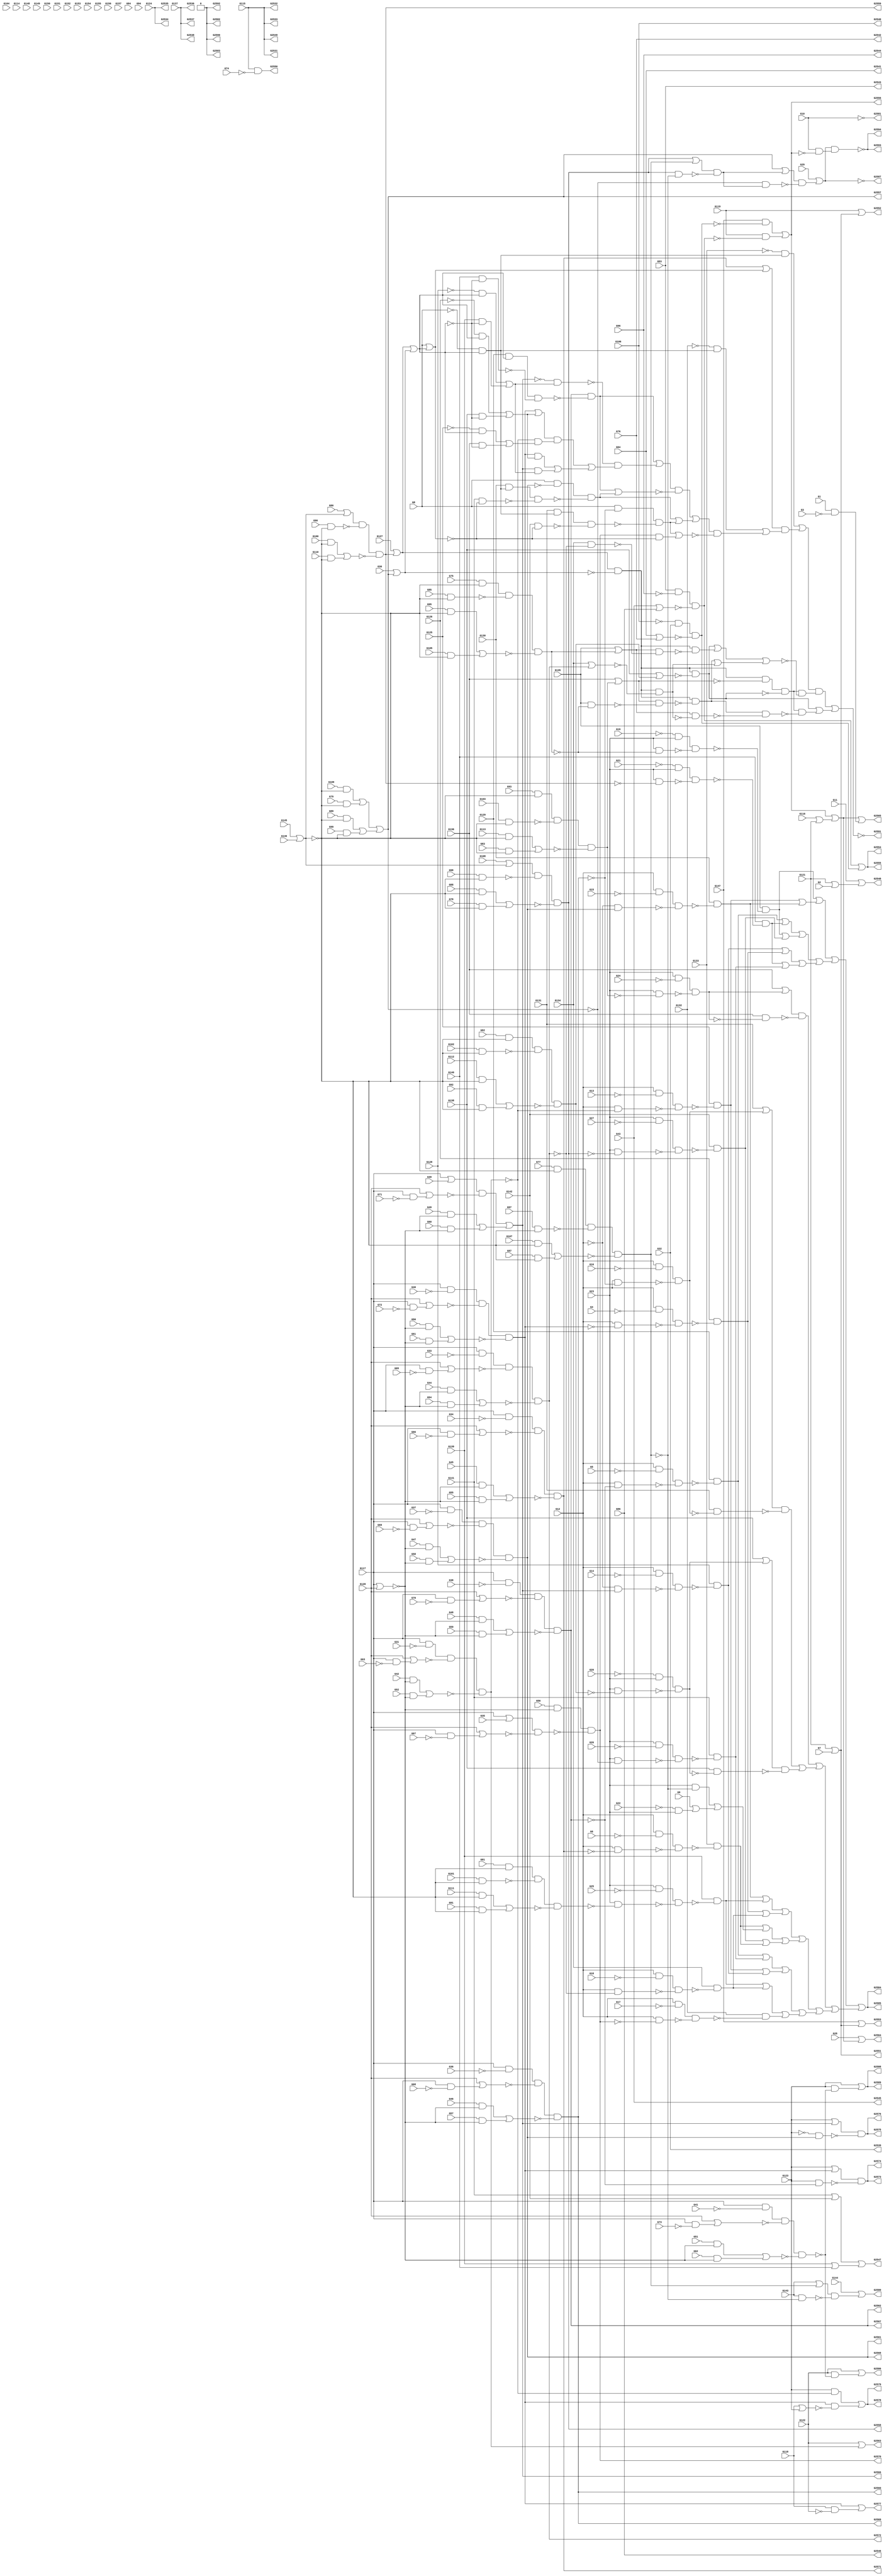
module top( G1 , G10 , G100 , G101 , G102 , G103 , G104 , G105 , G106 , G107 , G108 , G109 , G11 , G110 , G111 , G112 , G113 , G114 , G115 , G116 , G117 , G118 , G119 , G12 , G120 , G121 , G122 , G123 , G124 , G125 , G126 , G127 , G128 , G129 , G13 , G130 , G131 , G132 , G133 , G134 , G135 , G136 , G137 , G138 , G139 , G14 , G140 , G141 , G142 , G143 , G144 , G145 , G146 , G147 , G148 , G149 , G15 , G150 , G151 , G152 , G153 , G154 , G155 , G156 , G157 , G16 , G17 , G18 , G19 , G2 , G20 , G21 , G22 , G23 , G24 , G25 , G26 , G27 , G28 , G29 , G3 , G30 , G31 , G32 , G33 , G34 , G35 , G36 , G37 , G38 , G39 , G4 , G40 , G41 , G42 , G43 , G44 , G45 , G46 , G47 , G48 , G49 , G5 , G50 , G51 , G52 , G53 , G54 , G55 , G56 , G57 , G58 , G59 , G6 , G60 , G61 , G62 , G63 , G64 , G65 , G66 , G67 , G68 , G69 , G7 , G70 , G71 , G72 , G73 , G74 , G75 , G76 , G77 , G78 , G79 , G8 , G80 , G81 , G82 , G83 , G84 , G85 , G86 , G87 , G88 , G89 , G9 , G90 , G91 , G92 , G93 , G94 , G95 , G96 , G97 , G98 , G99 , G2531 , G2532 , G2533 , G2534 , G2535 , G2536 , G2537 , G2538 , G2539 , G2540 , G2541 , G2542 , G2543 , G2544 , G2545 , G2546 , G2547 , G2548 , G2549 , G2550 , G2551 , G2552 , G2553 , G2554 , G2555 , G2556 , G2557 , G2558 , G2559 , G2560 , G2561 , G2562 , G2563 , G2564 , G2565 , G2566 , G2567 , G2568 , G2569 , G2570 , G2571 , G2572 , G2573 , G2574 , G2575 , G2576 , G2577 , G2578 , G2579 , G2580 , G2581 , G2582 , G2583 , G2584 , G2585 , G2586 , G2587 , G2588 , G2589 , G2590 , G2591 , G2592 , G2593 , G2594 );
  input G1 , G10 , G100 , G101 , G102 , G103 , G104 , G105 , G106 , G107 , G108 , G109 , G11 , G110 , G111 , G112 , G113 , G114 , G115 , G116 , G117 , G118 , G119 , G12 , G120 , G121 , G122 , G123 , G124 , G125 , G126 , G127 , G128 , G129 , G13 , G130 , G131 , G132 , G133 , G134 , G135 , G136 , G137 , G138 , G139 , G14 , G140 , G141 , G142 , G143 , G144 , G145 , G146 , G147 , G148 , G149 , G15 , G150 , G151 , G152 , G153 , G154 , G155 , G156 , G157 , G16 , G17 , G18 , G19 , G2 , G20 , G21 , G22 , G23 , G24 , G25 , G26 , G27 , G28 , G29 , G3 , G30 , G31 , G32 , G33 , G34 , G35 , G36 , G37 , G38 , G39 , G4 , G40 , G41 , G42 , G43 , G44 , G45 , G46 , G47 , G48 , G49 , G5 , G50 , G51 , G52 , G53 , G54 , G55 , G56 , G57 , G58 , G59 , G6 , G60 , G61 , G62 , G63 , G64 , G65 , G66 , G67 , G68 , G69 , G7 , G70 , G71 , G72 , G73 , G74 , G75 , G76 , G77 , G78 , G79 , G8 , G80 , G81 , G82 , G83 , G84 , G85 , G86 , G87 , G88 , G89 , G9 , G90 , G91 , G92 , G93 , G94 , G95 , G96 , G97 , G98 , G99 ;
  output G2531 , G2532 , G2533 , G2534 , G2535 , G2536 , G2537 , G2538 , G2539 , G2540 , G2541 , G2542 , G2543 , G2544 , G2545 , G2546 , G2547 , G2548 , G2549 , G2550 , G2551 , G2552 , G2553 , G2554 , G2555 , G2556 , G2557 , G2558 , G2559 , G2560 , G2561 , G2562 , G2563 , G2564 , G2565 , G2566 , G2567 , G2568 , G2569 , G2570 , G2571 , G2572 , G2573 , G2574 , G2575 , G2576 , G2577 , G2578 , G2579 , G2580 , G2581 , G2582 , G2583 , G2584 , G2585 , G2586 , G2587 , G2588 , G2589 , G2590 , G2591 , G2592 , G2593 , G2594 ;
  wire n158 , n159 , n160 , n161 , n162 , n163 , n164 , n165 , n166 , n167 , n168 , n169 , n170 , n171 , n172 , n173 , n174 , n175 , n176 , n177 , n178 , n179 , n180 , n181 , n182 , n183 , n184 , n185 , n186 , n187 , n188 , n189 , n190 , n191 , n192 , n193 , n194 , n195 , n196 , n197 , n198 , n199 , n200 , n201 , n202 , n203 , n204 , n205 , n206 , n207 , n208 , n209 , n210 , n211 , n212 , n213 , n214 , n215 , n216 , n217 , n218 , n219 , n220 , n221 , n222 , n223 , n224 , n225 , n226 , n227 , n228 , n229 , n230 , n231 , n232 , n233 , n234 , n235 , n236 , n237 , n238 , n239 , n240 , n241 , n242 , n243 , n244 , n245 , n246 , n247 , n248 , n249 , n250 , n251 , n252 , n253 , n254 , n255 , n256 , n257 , n258 , n259 , n260 , n261 , n262 , n263 , n264 , n265 , n266 , n267 , n268 , n269 , n270 , n271 , n272 , n273 , n274 , n275 , n276 , n277 , n278 , n279 , n280 , n281 , n282 , n283 , n284 , n285 , n286 , n287 , n288 , n289 , n290 , n291 , n292 , n293 , n294 , n295 , n296 , n297 , n298 , n299 , n300 , n301 , n302 , n303 , n304 , n305 , n306 , n307 , n308 , n309 , n310 , n311 , n312 , n313 , n314 , n315 , n316 , n317 , n318 , n319 , n320 , n321 , n322 , n323 , n324 , n325 , n326 , n327 , n328 , n329 , n330 , n331 , n332 , n333 , n334 , n335 , n336 , n337 , n338 , n339 , n340 , n341 , n342 , n343 , n344 , n345 , n346 , n347 , n348 , n349 , n350 , n351 , n352 , n353 , n354 , n355 , n356 , n357 , n358 , n359 , n360 , n361 , n362 , n363 , n364 , n365 , n366 , n367 , n368 , n369 , n370 , n371 , n372 , n373 , n374 , n375 , n376 , n377 , n378 , n379 , n380 , n381 , n382 , n383 , n384 , n385 , n386 , n387 , n388 , n389 , n390 , n391 , n392 , n393 , n394 , n395 , n396 , n397 , n398 , n399 , n400 , n401 , n402 , n403 , n404 , n405 , n406 , n407 , n408 , n409 , n410 , n411 , n412 , n413 , n414 , n415 , n416 , n417 , n418 , n419 , n420 , n421 , n422 , n423 , n424 , n425 , n426 , n427 , n428 , n429 , n430 , n431 , n432 , n433 , n434 , n435 , n436 , n437 , n438 , n439 , n440 , n441 , n442 , n443 , n444 , n445 , n446 , n447 , n448 , n449 , n450 , n451 , n452 , n453 , n454 , n455 , n456 , n457 , n458 , n459 , n460 , n461 , n462 , n463 , n464 , n465 , n466 , n467 , n468 , n469 , n470 , n471 , n472 , n473 , n474 , n475 , n476 , n477 , n478 , n479 , n480 , n481 , n482 , n483 , n484 , n485 , n486 , n487 , n488 , n489 , n490 , n491 , n492 , n493 , n494 , n495 , n496 , n497 , n498 , n499 , n500 , n501 , n502 , n503 , n504 , n505 , n506 , n507 , n508 , n509 , n510 , n511 , n512 , n513 , n514 , n515 , n516 , n517 , n518 , n519 , n520 , n521 , n522 , n523 , n524 , n525 ;
  assign n158 = G141 | G142 ;
  assign n159 = G139 | G140 ;
  assign n160 = n158 | n159 ;
  assign n161 = G121 | G2 ;
  assign n162 = G11 | n161 ;
  assign n163 = G115 & ~G74 ;
  assign n164 = G121 | G7 ;
  assign n165 = G119 | n164 ;
  assign n166 = G147 | n164 ;
  assign n167 = G53 & ~G96 ;
  assign n168 = G43 | G86 ;
  assign n169 = n167 & ~n168 ;
  assign n170 = ~G106 & G32 ;
  assign n171 = G64 | G76 ;
  assign n172 = n170 & ~n171 ;
  assign n173 = n169 | n172 ;
  assign n174 = G147 & ~n172 ;
  assign n175 = G119 & ~n169 ;
  assign n176 = n174 | n175 ;
  assign n177 = G145 | G146 ;
  assign n178 = G109 & ~n177 ;
  assign n179 = G79 & ~n177 ;
  assign n180 = n178 | n179 ;
  assign n181 = G89 & ~n177 ;
  assign n182 = G99 & ~n177 ;
  assign n183 = n181 | n182 ;
  assign n184 = n180 | n183 ;
  assign n185 = G108 | n177 ;
  assign n186 = G98 & ~n177 ;
  assign n187 = n185 & ~n186 ;
  assign n188 = G88 & ~n177 ;
  assign n189 = G78 & ~n177 ;
  assign n190 = n188 | n189 ;
  assign n191 = n187 & ~n190 ;
  assign n192 = G80 | n177 ;
  assign n193 = G90 & ~n177 ;
  assign n194 = n192 & ~n193 ;
  assign n195 = G100 & ~n177 ;
  assign n196 = G110 & ~n177 ;
  assign n197 = n195 | n196 ;
  assign n198 = n194 & ~n197 ;
  assign n199 = G117 & ~G36 ;
  assign n200 = G117 & ~G68 ;
  assign n201 = G120 | n200 ;
  assign n202 = n199 & ~n201 ;
  assign n203 = G117 | G120 ;
  assign n204 = G46 & ~n203 ;
  assign n205 = G57 & ~n203 ;
  assign n206 = n204 | n205 ;
  assign n207 = n202 & ~n206 ;
  assign n208 = G117 & ~G37 ;
  assign n209 = G117 & ~G69 ;
  assign n210 = G120 | n209 ;
  assign n211 = n208 & ~n210 ;
  assign n212 = G47 & ~n203 ;
  assign n213 = G58 & ~n203 ;
  assign n214 = n212 | n213 ;
  assign n215 = n211 & ~n214 ;
  assign n216 = G117 & ~G38 ;
  assign n217 = G117 & ~G70 ;
  assign n218 = G120 | n217 ;
  assign n219 = n216 & ~n218 ;
  assign n220 = G48 & ~n203 ;
  assign n221 = G59 & ~n203 ;
  assign n222 = n220 | n221 ;
  assign n223 = n219 & ~n222 ;
  assign n224 = G117 & ~G31 ;
  assign n225 = G117 & ~G63 ;
  assign n226 = G120 | n225 ;
  assign n227 = n224 & ~n226 ;
  assign n228 = G42 & ~n203 ;
  assign n229 = G52 & ~n203 ;
  assign n230 = n228 | n229 ;
  assign n231 = n227 & ~n230 ;
  assign n232 = G122 | n231 ;
  assign n233 = G116 | G121 ;
  assign n234 = n176 | n233 ;
  assign n235 = G28 | n234 ;
  assign n236 = G1 & ~G3 ;
  assign n237 = n234 | n236 ;
  assign n238 = G117 | G39 ;
  assign n239 = G117 & ~G71 ;
  assign n240 = G120 | n239 ;
  assign n241 = n238 & ~n240 ;
  assign n242 = G49 & ~n203 ;
  assign n243 = G60 & ~n203 ;
  assign n244 = n242 | n243 ;
  assign n245 = n241 | n244 ;
  assign n246 = G56 & ~n203 ;
  assign n247 = G117 | G35 ;
  assign n248 = G117 & ~G67 ;
  assign n249 = G120 | n248 ;
  assign n250 = n247 & ~n249 ;
  assign n251 = n246 & ~n250 ;
  assign n252 = G117 & ~G34 ;
  assign n253 = G117 & ~G66 ;
  assign n254 = G120 | n253 ;
  assign n255 = n252 & ~n254 ;
  assign n256 = G45 & ~n203 ;
  assign n257 = G55 & ~n203 ;
  assign n258 = n256 | n257 ;
  assign n259 = n255 & ~n258 ;
  assign n260 = G117 & ~G33 ;
  assign n261 = G117 & ~G65 ;
  assign n262 = G120 | n261 ;
  assign n263 = n260 & ~n262 ;
  assign n264 = G44 & ~n203 ;
  assign n265 = G54 & ~n203 ;
  assign n266 = n264 | n265 ;
  assign n267 = n263 & ~n266 ;
  assign n268 = G117 & ~G40 ;
  assign n269 = G117 & ~G72 ;
  assign n270 = G120 | n269 ;
  assign n271 = n268 & ~n270 ;
  assign n272 = G50 & ~n203 ;
  assign n273 = G61 & ~n203 ;
  assign n274 = n272 | n273 ;
  assign n275 = n271 & ~n274 ;
  assign n276 = G123 | n275 ;
  assign n277 = G123 & ~n223 ;
  assign n278 = n276 & ~n277 ;
  assign n279 = G123 | n245 ;
  assign n280 = ~G123 & n215 ;
  assign n281 = n279 & ~n280 ;
  assign n282 = G118 & ~G122 ;
  assign n283 = n275 | n282 ;
  assign n284 = G123 & ~n231 ;
  assign n285 = G118 | G123 ;
  assign n286 = n275 & ~n285 ;
  assign n287 = n284 | n286 ;
  assign n288 = G77 & ~n177 ;
  assign n289 = G97 & ~n177 ;
  assign n290 = n288 & ~n289 ;
  assign n291 = G107 & ~n177 ;
  assign n292 = G87 & ~n177 ;
  assign n293 = n291 | n292 ;
  assign n294 = n290 & ~n293 ;
  assign n295 = G143 | n294 ;
  assign n296 = G143 & ~n294 ;
  assign n297 = n295 & ~n296 ;
  assign n298 = G144 | n297 ;
  assign n299 = ~G19 & G23 ;
  assign n300 = G75 & ~n177 ;
  assign n301 = G85 & ~n177 ;
  assign n302 = n300 & ~n301 ;
  assign n303 = G95 & ~n177 ;
  assign n304 = G105 & ~n177 ;
  assign n305 = n303 | n304 ;
  assign n306 = n302 & ~n305 ;
  assign n307 = G23 & ~n306 ;
  assign n308 = n299 & ~n307 ;
  assign n309 = G135 & ~n308 ;
  assign n310 = G12 & ~G13 ;
  assign n311 = G12 & ~n231 ;
  assign n312 = n310 & ~n311 ;
  assign n313 = G125 & ~n312 ;
  assign n314 = G12 & ~G15 ;
  assign n315 = ~G12 & n215 ;
  assign n316 = n314 & ~n315 ;
  assign n317 = G130 & ~n316 ;
  assign n318 = n313 | n317 ;
  assign n319 = n309 | n318 ;
  assign n320 = G12 & ~G5 ;
  assign n321 = G12 & ~n223 ;
  assign n322 = n320 & ~n321 ;
  assign n323 = G129 & ~n322 ;
  assign n324 = ~G21 & G23 ;
  assign n325 = G23 & ~n198 ;
  assign n326 = n324 & ~n325 ;
  assign n327 = G140 & ~n326 ;
  assign n328 = n323 | n327 ;
  assign n329 = G23 & ~G27 ;
  assign n330 = G23 & ~n191 ;
  assign n331 = n329 & ~n330 ;
  assign n332 = G142 & ~n331 ;
  assign n333 = n309 | n332 ;
  assign n334 = n328 | n333 ;
  assign n335 = G12 & ~G14 ;
  assign n336 = ~G12 & n245 ;
  assign n337 = n335 & ~n336 ;
  assign n338 = G128 & ~n337 ;
  assign n339 = G12 & ~G4 ;
  assign n340 = G12 & ~n275 ;
  assign n341 = n339 & ~n340 ;
  assign n342 = G126 & ~n341 ;
  assign n343 = n338 | n342 ;
  assign n344 = G23 & ~G26 ;
  assign n345 = G23 & ~n184 ;
  assign n346 = n344 & ~n345 ;
  assign n347 = G141 & ~n346 ;
  assign n348 = n327 | n347 ;
  assign n349 = n343 | n348 ;
  assign n350 = n334 | n349 ;
  assign n351 = n319 | n350 ;
  assign n352 = G23 & ~G24 ;
  assign n353 = G93 & ~n177 ;
  assign n354 = G103 & ~n177 ;
  assign n355 = n353 & ~n354 ;
  assign n356 = G113 & ~n177 ;
  assign n357 = G83 & ~n177 ;
  assign n358 = n356 | n357 ;
  assign n359 = n355 & ~n358 ;
  assign n360 = G23 & ~n359 ;
  assign n361 = n352 & ~n360 ;
  assign n362 = G136 | n361 ;
  assign n363 = G136 & ~n361 ;
  assign n364 = n362 & ~n363 ;
  assign n365 = G12 & ~G16 ;
  assign n366 = G12 & ~n207 ;
  assign n367 = n365 & ~n366 ;
  assign n368 = G131 | n367 ;
  assign n369 = G131 & ~n367 ;
  assign n370 = n368 & ~n369 ;
  assign n371 = ~G20 & G23 ;
  assign n372 = G82 & ~n177 ;
  assign n373 = G102 & ~n177 ;
  assign n374 = n372 & ~n373 ;
  assign n375 = G112 & ~n177 ;
  assign n376 = G92 & ~n177 ;
  assign n377 = n375 | n376 ;
  assign n378 = n374 & ~n377 ;
  assign n379 = G23 & ~n378 ;
  assign n380 = n371 & ~n379 ;
  assign n381 = G138 | n380 ;
  assign n382 = G138 & ~n380 ;
  assign n383 = n381 & ~n382 ;
  assign n384 = n370 | n383 ;
  assign n385 = n364 | n384 ;
  assign n386 = G23 & ~G25 ;
  assign n387 = G81 & ~n177 ;
  assign n388 = G101 & ~n177 ;
  assign n389 = n387 & ~n388 ;
  assign n390 = G111 & ~n177 ;
  assign n391 = G91 & ~n177 ;
  assign n392 = n390 | n391 ;
  assign n393 = n389 & ~n392 ;
  assign n394 = G23 & ~n393 ;
  assign n395 = n386 & ~n394 ;
  assign n396 = G139 & ~n395 ;
  assign n397 = n317 | n396 ;
  assign n398 = G12 & ~G18 ;
  assign n399 = G12 & ~n267 ;
  assign n400 = n398 & ~n399 ;
  assign n401 = G134 & ~n400 ;
  assign n402 = n342 | n401 ;
  assign n403 = n397 | n402 ;
  assign n404 = G12 & ~G6 ;
  assign n405 = G12 & ~n259 ;
  assign n406 = n404 & ~n405 ;
  assign n407 = G133 & ~n406 ;
  assign n408 = G23 & ~n294 ;
  assign n409 = ~G22 & G23 ;
  assign n410 = G9 | n409 ;
  assign n411 = n408 | n410 ;
  assign n412 = n407 | n411 ;
  assign n413 = n332 | n407 ;
  assign n414 = n412 | n413 ;
  assign n415 = n403 | n414 ;
  assign n416 = n323 | n347 ;
  assign n417 = n313 | n338 ;
  assign n418 = n416 | n417 ;
  assign n419 = n396 | n401 ;
  assign n420 = G12 & ~G17 ;
  assign n421 = G12 & ~n251 ;
  assign n422 = n420 & ~n421 ;
  assign n423 = G132 & ~n422 ;
  assign n424 = n419 | n423 ;
  assign n425 = n418 | n424 ;
  assign n426 = n415 | n425 ;
  assign n427 = n385 | n426 ;
  assign n428 = n351 | n427 ;
  assign n429 = G117 & ~G41 ;
  assign n430 = G117 & ~G73 ;
  assign n431 = G120 | n430 ;
  assign n432 = n429 & ~n431 ;
  assign n433 = G51 & ~n203 ;
  assign n434 = G62 & ~n203 ;
  assign n435 = n433 | n434 ;
  assign n436 = n432 & ~n435 ;
  assign n437 = G122 & ~n436 ;
  assign n438 = G122 | n437 ;
  assign n439 = n191 | n294 ;
  assign n440 = n191 & ~n294 ;
  assign n441 = n439 & ~n440 ;
  assign n442 = n184 | n441 ;
  assign n443 = ~n184 & n441 ;
  assign n444 = n442 & ~n443 ;
  assign n445 = G29 | n444 ;
  assign n446 = G123 & ~n436 ;
  assign n447 = G123 | n446 ;
  assign n448 = G127 | n198 ;
  assign n449 = G30 | n184 ;
  assign n450 = n448 | n449 ;
  assign n451 = ~G8 & n450 ;
  assign n452 = ~G133 & n451 ;
  assign n453 = G8 | n450 ;
  assign n454 = n259 | n453 ;
  assign n455 = ~G132 & n451 ;
  assign n456 = G129 & n450 ;
  assign n457 = G140 & ~n450 ;
  assign n458 = n456 & ~n457 ;
  assign n459 = n223 & ~n458 ;
  assign n460 = ~G128 & n450 ;
  assign n461 = G139 & ~n450 ;
  assign n462 = n460 | n461 ;
  assign n463 = ~n245 & n462 ;
  assign n464 = ~G126 & n450 ;
  assign n465 = G138 & ~n450 ;
  assign n466 = n464 | n465 ;
  assign n467 = n275 | n466 ;
  assign n468 = ~G125 & n450 ;
  assign n469 = G136 & ~n450 ;
  assign n470 = n468 | n469 ;
  assign n471 = ~n231 & n470 ;
  assign n472 = n467 & n471 ;
  assign n473 = n275 & n466 ;
  assign n474 = n245 & n462 ;
  assign n475 = n473 | n474 ;
  assign n476 = n472 | n475 ;
  assign n477 = ~n463 & n476 ;
  assign n478 = n459 | n477 ;
  assign n479 = G8 & ~n215 ;
  assign n480 = G130 & n451 ;
  assign n481 = G141 & ~n453 ;
  assign n482 = n480 & ~n481 ;
  assign n483 = n479 & ~n482 ;
  assign n484 = n459 | n483 ;
  assign n485 = n478 & ~n484 ;
  assign n486 = G8 & ~n207 ;
  assign n487 = G131 & n451 ;
  assign n488 = G142 & ~n453 ;
  assign n489 = n487 & ~n488 ;
  assign n490 = n486 & ~n489 ;
  assign n491 = n483 | n490 ;
  assign n492 = n485 | n491 ;
  assign n493 = n251 & ~n453 ;
  assign n494 = n490 | n493 ;
  assign n495 = n492 & ~n494 ;
  assign n496 = n455 | n495 ;
  assign n497 = n454 & n496 ;
  assign n498 = n452 | n497 ;
  assign n499 = n448 & ~n449 ;
  assign n500 = G136 | n359 ;
  assign n501 = n499 & ~n500 ;
  assign n502 = G138 | n378 ;
  assign n503 = n499 & ~n502 ;
  assign n504 = n501 & ~n503 ;
  assign n505 = G135 | n306 ;
  assign n506 = G134 & ~n267 ;
  assign n507 = n505 & ~n506 ;
  assign n508 = n499 & ~n507 ;
  assign n509 = n503 | n508 ;
  assign n510 = G135 & ~n306 ;
  assign n511 = n500 & ~n510 ;
  assign n512 = n499 & ~n511 ;
  assign n513 = G134 | n267 ;
  assign n514 = n499 & ~n513 ;
  assign n515 = n512 | n514 ;
  assign n516 = n509 | n515 ;
  assign n517 = n504 & ~n516 ;
  assign n518 = n498 & n517 ;
  assign n519 = n505 & ~n514 ;
  assign n520 = n512 & ~n519 ;
  assign n521 = n504 & ~n520 ;
  assign n522 = n503 | n521 ;
  assign n523 = n518 | n522 ;
  assign n524 = G10 & ~n176 ;
  assign n525 = n445 & n524 ;
  assign G2531 = G115 ;
  assign G2532 = G115 ;
  assign G2533 = G115 ;
  assign G2534 = G124 ;
  assign G2535 = G124 ;
  assign G2536 = G137 ;
  assign G2537 = G137 ;
  assign G2538 = G137 ;
  assign G2539 = G32 ;
  assign G2540 = G106 ;
  assign G2541 = G64 ;
  assign G2542 = G76 ;
  assign G2543 = G53 ;
  assign G2544 = G96 ;
  assign G2545 = G43 ;
  assign G2546 = G86 ;
  assign G2547 = n160 ;
  assign G2548 = n162 ;
  assign G2549 = G115 ;
  assign G2550 = n163 ;
  assign G2551 = n164 ;
  assign G2552 = n165 ;
  assign G2553 = n166 ;
  assign G2554 = n173 ;
  assign G2555 = n173 ;
  assign G2556 = n176 ;
  assign G2557 = n184 ;
  assign G2558 = n191 ;
  assign G2559 = n198 ;
  assign G2560 = n207 ;
  assign G2561 = n215 ;
  assign G2562 = n223 ;
  assign G2563 = n232 ;
  assign G2564 = n235 ;
  assign G2565 = n237 ;
  assign G2566 = n245 ;
  assign G2567 = n223 ;
  assign G2568 = n215 ;
  assign G2569 = n207 ;
  assign G2570 = n251 ;
  assign G2571 = n259 ;
  assign G2572 = n267 ;
  assign G2573 = n278 ;
  assign G2574 = n278 ;
  assign G2575 = n281 ;
  assign G2576 = n281 ;
  assign G2577 = n283 ;
  assign G2578 = n287 ;
  assign G2579 = n287 ;
  assign G2580 = n298 ;
  assign G2581 = ~G10 ;
  assign G2582 = 1'b0 ;
  assign G2583 = 1'b0 ;
  assign G2584 = n428 ;
  assign G2585 = n428 ;
  assign G2586 = n438 ;
  assign G2587 = ~n445 ;
  assign G2588 = n447 ;
  assign G2589 = n447 ;
  assign G2590 = 1'b0 ;
  assign G2591 = ~n523 ;
  assign G2592 = 1'b0 ;
  assign G2593 = ~n525 ;
  assign G2594 = ~n525 ;
endmodule